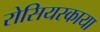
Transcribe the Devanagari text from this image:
रोसियस्काया